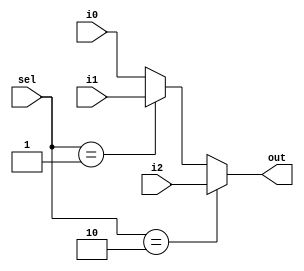
module mux32three(i0,i1,i2,sel,out);
	input [31:0] i0,i1,i2;
	input [1:0] sel;
	output [31:0] out;
	
	assign out = (sel==2'b10) ? i2 :
                 (sel==2'b01) ? i1 :   
                 i0;

endmodule